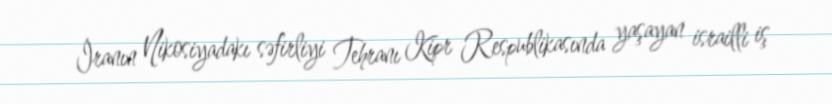
İranın Nikosiyadakı səfirliyi Tehranı Kipr Respublikasında yaşayan israilli iş